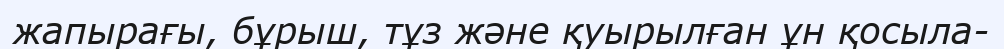
жапырағы, бұрыш, тұз және қуырылған ұн қосыла-